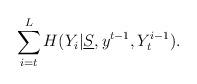
LaTeX: \begin{align*} \sum_{i=t}^L H(Y_i | { \underline S}, y^{t-1}, Y_t^{i-1}). \end{align*}